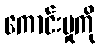
ကောင်းမှုကို